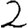
Digit: 2